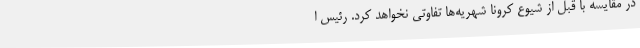
در مقایسه با قبل از شیوع کرونا شهریه‌ها تفاوتی نخواهد کرد. رئیس ا